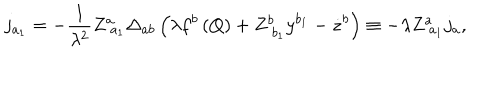
LaTeX: j _ { a _ { 1 } } = - \frac 1 { \lambda ^ { 2 } } Z _ { \; a _ { 1 } } ^ { a } \Delta _ { a b } \left( \lambda f ^ { b } \left( Q \right) + Z _ { \; b _ { 1 } } ^ { b } y ^ { b _ { 1 } } - \dot { z } ^ { b } \right) \equiv - \lambda Z _ { \; a _ { 1 } } ^ { a } j _ { a } ,